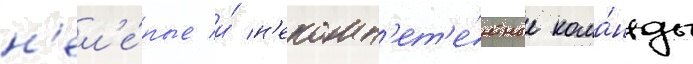
н'ел'е́пые и́ н'екомп'ет'е́нтные кома́нды